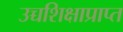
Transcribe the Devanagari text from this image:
उच्चशिक्षाप्राप्त